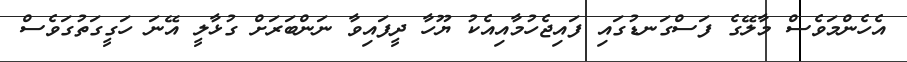
އެހެންމަވެސް މާލޭގެ ފަސްގަނޑުގައި ފައިޖެހުމާއިއެކު ޔޫހާ ދީފައިވާ ނަންބަރަށް ގުޅާލީ އޭނަ ހަގީގަތުގަވެސް